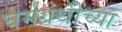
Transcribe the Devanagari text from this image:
घर्मग्रंथींच्या